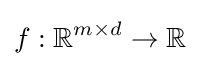
f:\mathbb {R} ^{m\times d}\rightarrow \mathbb {R}